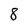
Character: 8